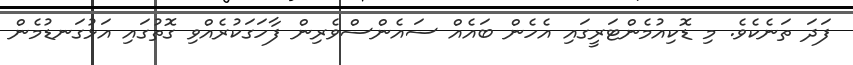
ފަދަ ތަނެކެވެ. މި ޑޮކިއުމެންޓަރީގައި އެހެން ބައެއް ސައެންސްވެރިން ފާހަގަކުރެއްވި ގޮތުގައި އަޅުގަނޑުމެން